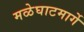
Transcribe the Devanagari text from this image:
मळेघाटमार्गे